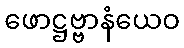
ဖောဋ္ဌဗ္ဗာနံယေဝ